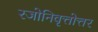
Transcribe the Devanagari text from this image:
रजोनिवृत्तोत्तर